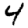
Digit: 4